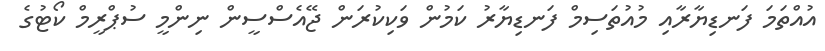
އުއްތަމަ ފަނޑިޔާރާއި މުއުތަސިމް ފަނޑިޔާރު ކަމުން ވަކިކުރަން ޖޭއެސްސީން ނިންމީ ސުޕްރީމް ކޯޓުގެ